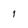
Character: 1